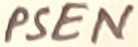
Text: PSEN